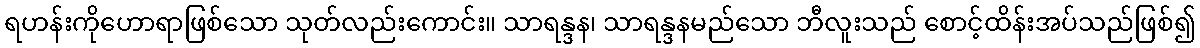
ရဟန်းကိုဟောရာဖြစ်သော သုတ်လည်းကောင်း။ သာရန္ဒန၊ သာရန္ဒနမည်သော ဘီလူးသည် စောင့်ထိန်းအပ်သည်ဖြစ်၍